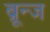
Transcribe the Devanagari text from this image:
ब्रून्ज